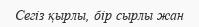
Сегіз қырлы, бір сырлы жан